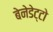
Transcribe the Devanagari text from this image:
बेनेडेट्टो